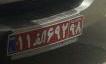
۱۱ا۶۹۲۹۸